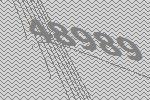
48989